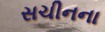
સચીનના